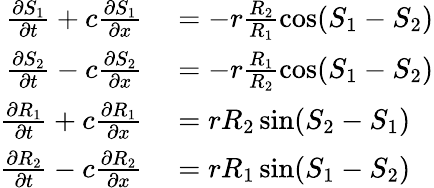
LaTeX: \begin{array}{rl}{\frac{\partial S_{1}}{\partial t}+c\frac{\partial S_{1}}{\partial x}}&{{}=-r\frac{R_{2}}{R_{1}}\cos(S_{1}-S_{2})}\\ {\frac{\partial S_{2}}{\partial t}-c\frac{\partial S_{2}}{\partial x}}&{{}=-r\frac{R_{1}}{R_{2}}\cos(S_{1}-S_{2})}\\ {\frac{\partial R_{1}}{\partial t}+c\frac{\partial R_{1}}{\partial x}}&{{}=rR_{2}\sin(S_{2}-S_{1})}\\ {\frac{\partial R_{2}}{\partial t}-c\frac{\partial R_{2}}{\partial x}}&{{}=rR_{1}\sin(S_{1}-S_{2})}\end{array}